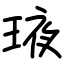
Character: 𤥿